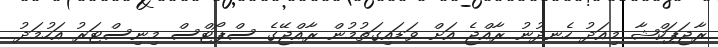
ރާޖަޕަކްޝާ މިއަދު ހެނދުނު ރާއްޖެ އަށް ވަޑައިގަތުމުން ރާއްޖޭގެ ސްޕޯޓްސް މިނިސްޓަރު އަހުމަދު